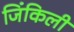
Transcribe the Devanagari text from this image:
जिंकिली